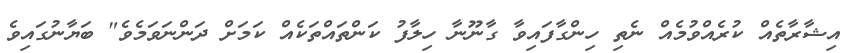
އިޝާރާތެއް ކުރެއްވުމެއް ނެތި ހިންގާފައިވާ ގާނޫނާ ހިލާފު ކަންތައްތަކެއް ކަމަށް ދަންނަވަމެވެ" ބަޔާނުގައިވެ